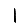
Digit: 1